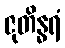
ဇုတိန္ဓရံ